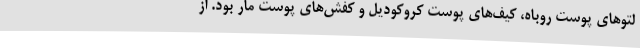
لتوهای پوست روباه، کیف‌های پوست کروکودیل و کفش‌های پوست مار بود. از